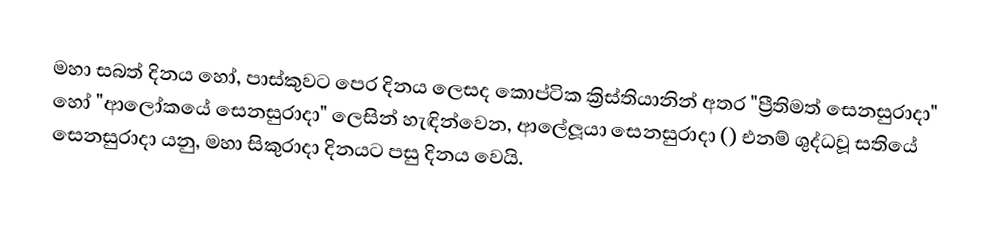
මහා සබත් දිනය හෝ, පාස්කුවට පෙර දිනය ලෙසද  කොප්ටික ක්‍රිස්තියානින් අතර "ප්‍රීතිමත් සෙනසුරාදා" හෝ "ආලෝකයේ සෙනසුරාදා" ලෙසින් හැඳින්වෙන, ආලේලූයා සෙනසුරාදා () එනම් ශුද්ධවූ සතියේ සෙනසුරාදා යනු,  මහා සිකුරාදා දිනයට පසු දිනය වෙයි.